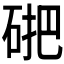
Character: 𱴃